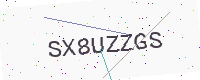
Text: SX8UZZGS